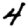
Digit: 4